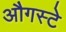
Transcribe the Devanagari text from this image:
औगस्टे